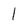
Character: l